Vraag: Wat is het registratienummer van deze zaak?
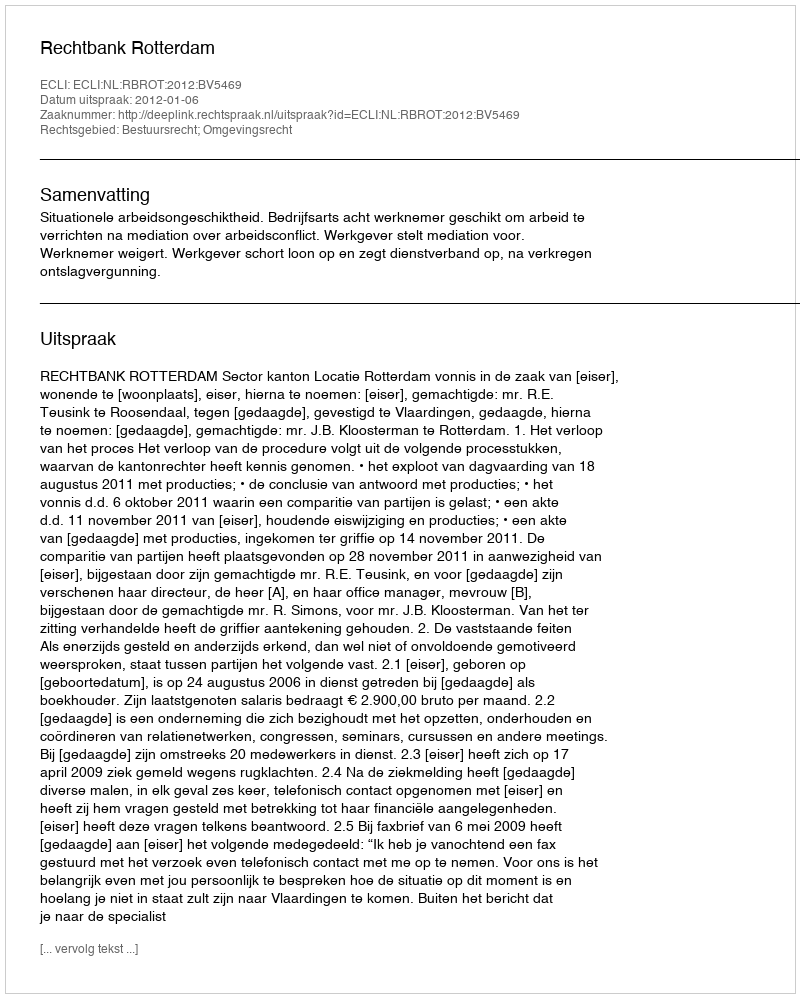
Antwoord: http://deeplink.rechtspraak.nl/uitspraak?id=ECLI:NL:RBROT:2012:BV5469